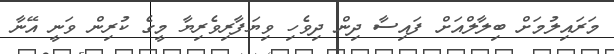
މަރައިލުމަށް ބިލާލްއަށް ފައިސާ ދިން ދިވެހި ވިޔަފާރިވެރިޔާ މީގެ ކުރިން ވަނީ އޭނާ